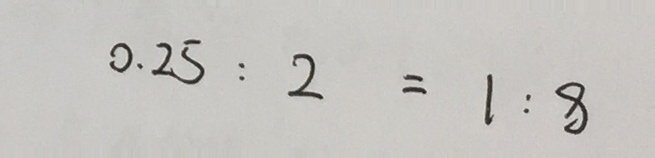
0 . 2 5 : 2 = 1 : 8